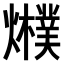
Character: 𤒊